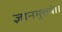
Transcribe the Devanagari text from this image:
ज्ञानमुत्तमं।।